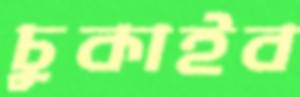
চুকাইব